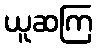
ယူဆကြ